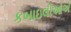
કબાઇલીઓએ